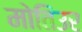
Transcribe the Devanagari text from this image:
मोतिउर